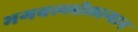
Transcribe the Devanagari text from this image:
भगवल्लीलागान